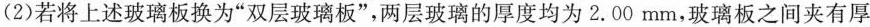
(2)若将上述玻璃板换为”双层玻璃板”，两层玻璃的厚度均为2.00mm，玻璃板之间夹有厚